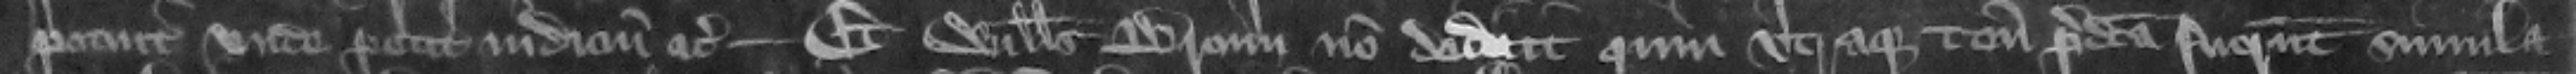
potuit. Vnde petit iudicium etc. Et Willelmus Broun non dedicit quin vtraque tenementa predicta fuerunt simul et